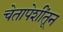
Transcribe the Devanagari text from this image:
चेतापेशींतून